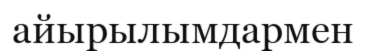
айырылымдармен